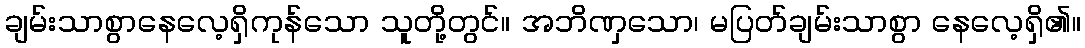
ချမ်းသာစွာနေလေ့ရှိကုန်သော သူတို့တွင်။ အဘိဏှသော၊ မပြတ်ချမ်းသာစွာ နေလေ့ရှိ၏။